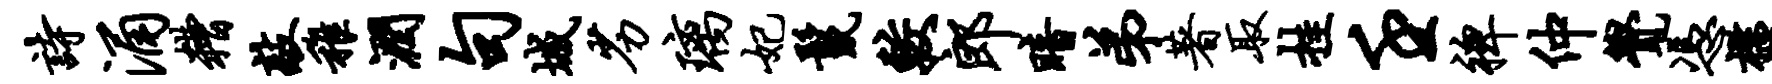
诗涌糟敲稚润句城劣璃妃鬣较郎暗弟著取挂壬裨仲觉凭槛